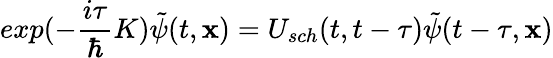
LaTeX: exp(-\frac{i\tau}{\hbar}K)\tilde{\psi}(t,{\mathbf x})=U_{sch}(t,t-\tau)\tilde{\psi}(t-\tau,{\mathbf x})